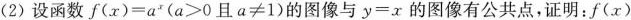
(2)设函数$$f ( x ) = a ( a ≥ 0 且 a ≠ 1 )$$的图像与$$y = x$$的图像有公共点，证明：$$f ( x )